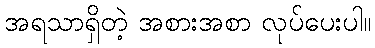
အရသာရှိတဲ့ အစားအစာ လုပ်ပေးပါ။